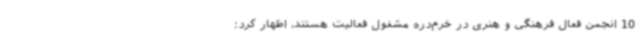
10 انجمن فعال فرهنگی و هنری در خرم‌دره مشغول فعالیت هستند، اظهار کرد: